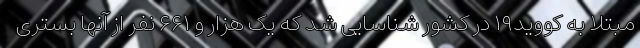
مبتلا به کووید۱۹ در کشور شناسایی شد که یک هزار و ۶۶۱ نفر از آنها بستری